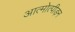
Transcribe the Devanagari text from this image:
आत्मोत्पीड़न